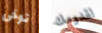
توخى لقدومك